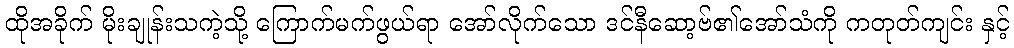
ထိုအခိုက် မိုးချုန်းသကဲ့သို့ ကြောက်မက်ဖွယ်ရာ အော်လိုက်သော ဒင်နီဆော့ဗ်၏အော်သံကို ကတုတ်ကျင်း နှင့်